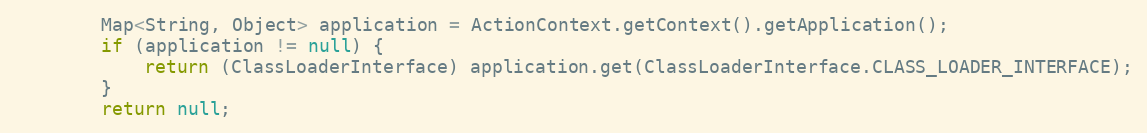
Language: Java
		Map<String, Object> application = ActionContext.getContext().getApplication();
		if (application != null) {
			return (ClassLoaderInterface) application.get(ClassLoaderInterface.CLASS_LOADER_INTERFACE);
		}
		return null;